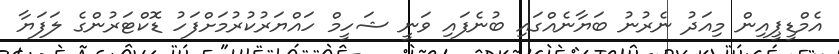
އެމްޑީޕީއިން މިއަދު ނެރުނު ބަޔާނެއްގައި ބުނެފައި ވަނީ ޝަހީމް ހައްޔަރުކުރުމަށްފަހު ޑޮކްޓަރުންގެ ލަފަޔާ